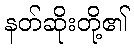
နတ်ဆိုးတို့၏